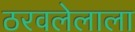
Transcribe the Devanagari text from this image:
ठरवलेलाला